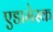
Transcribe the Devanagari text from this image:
एडामेस्क